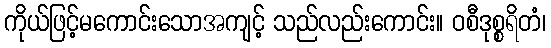
ကိုယ်ဖြင့်မကောင်းသောအကျင့် သည်လည်းကောင်း။ ဝစီဒုစ္စရိတံ၊